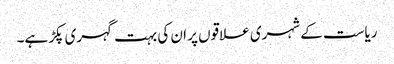
ریاست کے شہری علاقوں پر ان کی بہت گہری پکڑ ہے۔